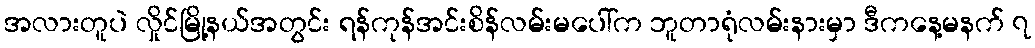
အလားတူပဲ လှိုင်မြို့နယ်အတွင်း ရန်ကုန်အင်းစိန်လမ်းမပေါ်က ဘူတာရုံလမ်းနားမှာ ဒီကနေ့မနက် ၇